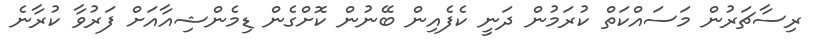
ރިސާޗަރުން މަސައްކަތް ކުރަމުން ދަނީ ކެފެއިން ބޭނުން ކޮށްގެން ޑިމެންޝިއާއަށް ފަރުވާ ކުރާނެ